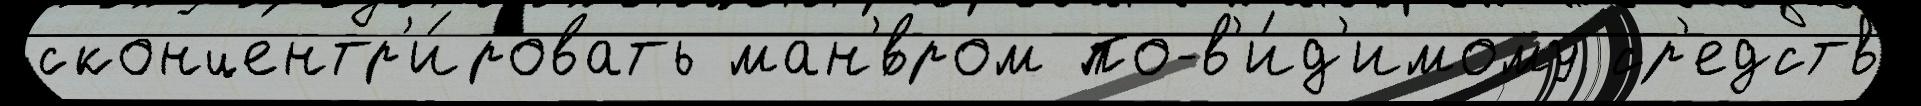
сконцентр'и́ровать ман'́вром по-в'и́д'имому ср'едств